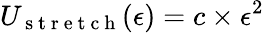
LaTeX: U_{\mathrm{~s~t~r~e~t~c~h~}}(\epsilon)=c\times\epsilon^{2}